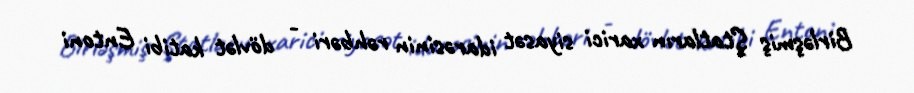
Birləşmiş Ştatların xarici siyasət idarəsinin rəhbəri - dövlət katibi Entoni